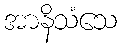
အာနိသံသေ